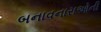
બનાવનારાઓની